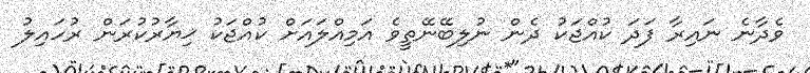
ވެދާނެ ނައިރާ ފަދަ ކުއްޖަކު ދެން ނުލިބޭނޭތީވެ އަމިއްލައަށް ކުއްޖަކު ޚިޔާރުކުރަން ރުހައިލު